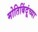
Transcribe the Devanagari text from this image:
मोतिबिंदूंच्या